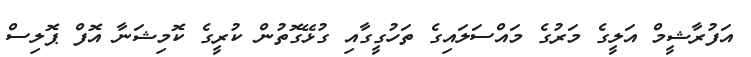
އަފުރާޝީމް އަލީގެ މަރުގެ މައްސަލައިގެ ތަހުގީގާއި ގުޅޭގޮތުން ކުރީގެ ކޮމިޝަނާ އޮފް ޕޮލިސް